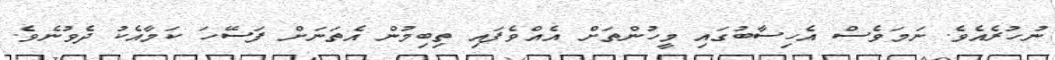
ނުހުރެއެވެ. ނަމަވެސް އެހިސާބުގައި މީހުންތަށް އެއްވެފައި ތިބިމުން އެތަނަށް ފަސޭހަ ކަމާއެކު ދެވުނެވެ.